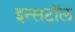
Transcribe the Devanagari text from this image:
इन्सटॉल